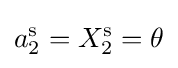
a_{2}^{\text{s}}=X_{2}^{\text{s}}=\theta